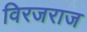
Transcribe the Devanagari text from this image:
विरजराज